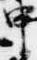
申